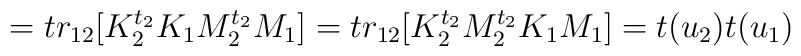
=tr_{12}[K_2^{t_2}K_1M_2^{t_2}M_1] = tr_{12}[K_2^{t_2}M_2^{t_2}K_1M_1]         =t(u_2)t(u_1)